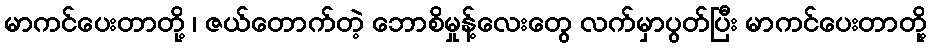
မာကင်ပေးတာတို့ ၊ ဇယ်တောက်တဲ့ ဘောစိမှုန့်လေးတွေ လက်မှာပွတ်ပြီး မာကင်ပေးတာတို့